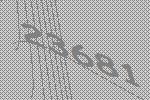
23681